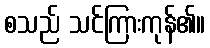
စသည် သင်ကြားကုန်၏။